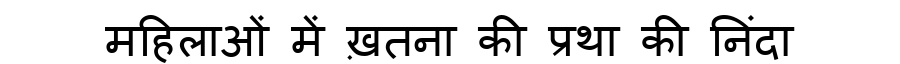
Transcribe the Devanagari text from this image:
महिलाओं में ख़तना की प्रथा की निंदा